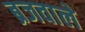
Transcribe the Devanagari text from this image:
ब्रजवाले